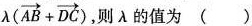
$$\lambda ( \overrightarrow{AB}+ \overrightarrow{DC})$$ ，则\lambda 的值为()